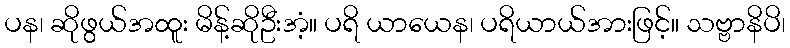
ပန၊ ဆိုဖွယ်အထူး မိန့်ဆိုဦးအံ့။ ပရိ ယာယေန၊ ပရိယာယ်အားဖြင့်။ သဗ္ဗာနိပိ၊